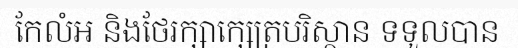
កែលំអ និងថែរក្សាក្សេត្របរិស្ថាន ទទួលបាន